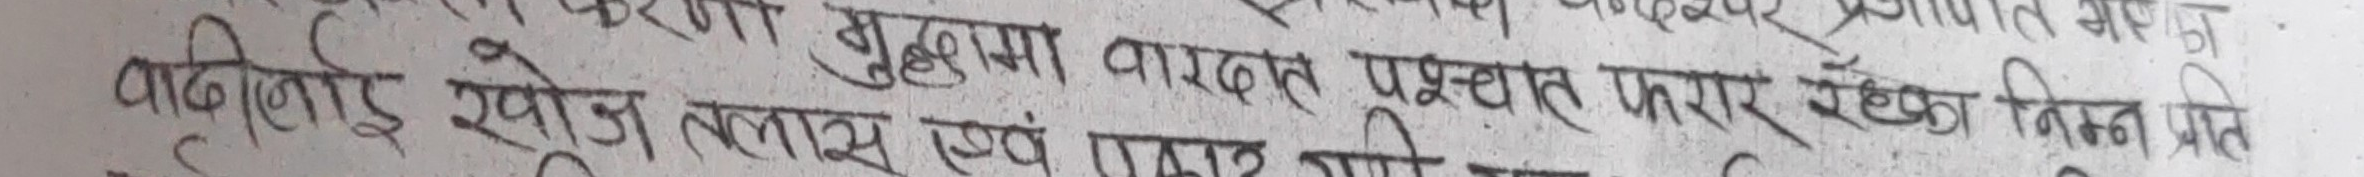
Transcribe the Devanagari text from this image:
वाढीलाई खोज तलास एवं फरार रहेका निम्न प्रति